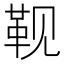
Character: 𮸮